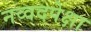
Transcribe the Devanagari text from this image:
नव्वदपेक्षा